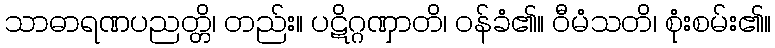
သာဓာရဏပညတ္တိ၊ တည်း။ ပဋိဂ္ဂဏှာတိ၊ ဝန်ခံ၏။ ဝီမံသတိ၊ စုံးစမ်း၏။